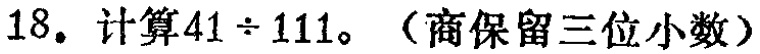
18. 计算$41\div111$。（商保留三位小数）